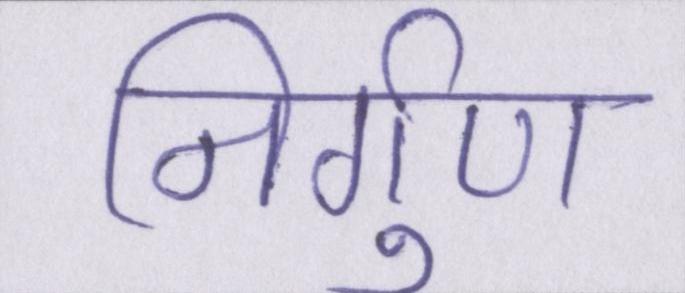
निर्गुण